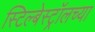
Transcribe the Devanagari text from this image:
स्टिल्बेस्ट्रॉलच्या